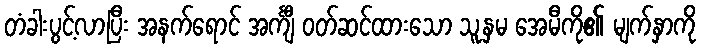
တံခါးပွင့်လာပြီး အနက်ရောင် အင်္ကျီ ဝတ်ဆင်ထားသော သူ့နှမ အေမီကို၏ မျက်နှာကို